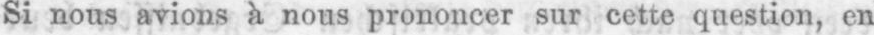
Si nous avions à nous prononcer sur cette question, en